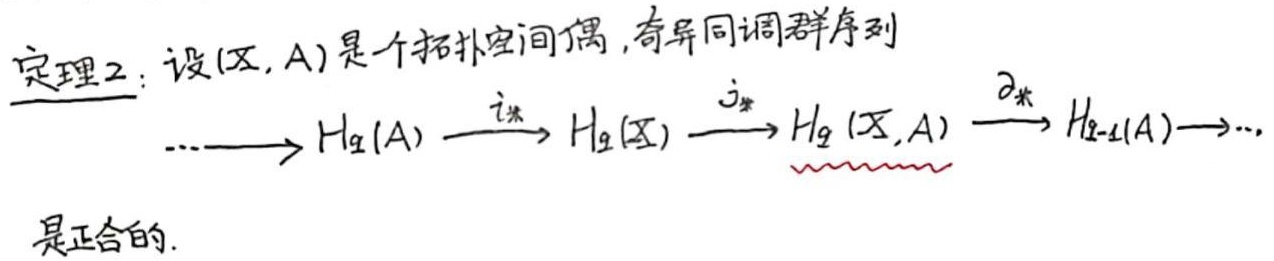
定理2：设$(X, A)$是一个拓扑空间偶，奇异同调群序列
\[
\cdots \longrightarrow H_q(A) \stackrel{i_*}{\longrightarrow} H_q(X) \stackrel{j_*}{\longrightarrow} H_q(X, A) \stackrel{\partial_*}{\longrightarrow} H_{q - 1}(A) \longrightarrow \cdots
\]
是正合的.